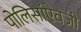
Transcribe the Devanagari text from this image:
पोलिसांऐवजी